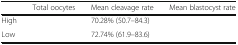
<table><thead><tr><td>[EMPTY_CELL]</td><td><b>Total oocytes</b></td><td><b>Mean cleavage rate</b></td><td><b>Mean blastocyst rate</b></td></tr></thead><tbody><tr><td>High</td><td>[EMPTY_CELL]</td><td>70.28% (50.7–84.3)</td><td>[EMPTY_CELL]</td></tr><tr><td>Low</td><td>[EMPTY_CELL]</td><td>72.74% (61.9–83.6)</td><td>[EMPTY_CELL]</td></tr></tbody></table>